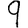
Digit: 9